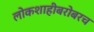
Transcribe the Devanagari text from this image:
लोकशाहीबरोबरच